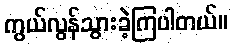
ကွယ်လွန်သွားခဲ့ကြပါတယ်။